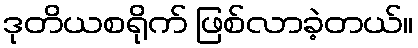
ဒုတိယစရိုက် ဖြစ်လာခဲ့တယ်။